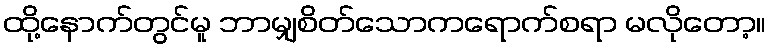
ထို့နောက်တွင်မူ ဘာမျှစိတ်သောကရောက်စရာ မလိုတော့။